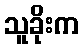
သူခိုးက